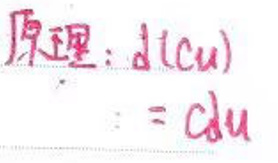
原理：\(d(cu)=cdu\)